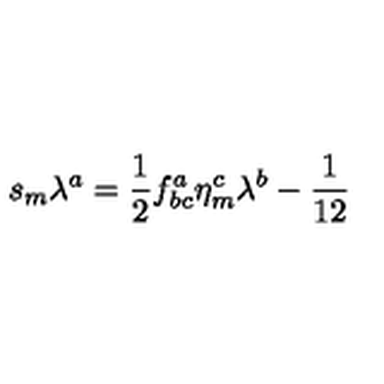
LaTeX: s _ { m } \lambda ^ { a } = \frac { 1 } { 2 } f _ { b c } ^ { a } \eta _ { m } ^ { c } \lambda ^ { b } - \frac { 1 } { 1 2 }